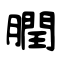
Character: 膶